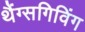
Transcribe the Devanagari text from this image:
थैंग्सगिविंग